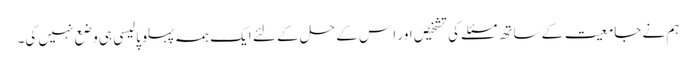
ہم نے جامعیت کے ساتھ مسئلے کی تشخیص اور ا س کے حل کے لئے ایک ہمہ پہلوپالیسی ہی وضع نہیں کی۔